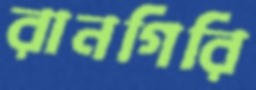
রানগিরি